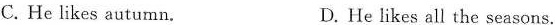
C. He likes autumn. D. He likes all the seasons.